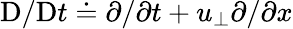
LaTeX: \mathrm{D}/\mathrm{D}t\doteq\partial/\partial t+u_{\perp}\partial/\partial x